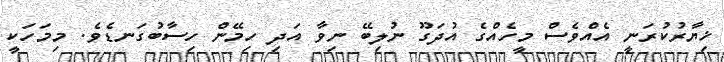
ޚިޔާރުކުރަނީ އެއްވެސް މީހެއްގެ އުދަގޫ ނުލިބޭ ނިވާ އަދި ހިމޭން ހިސާބުގަނޑެވެ. މިމަހަކީ